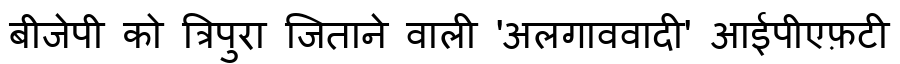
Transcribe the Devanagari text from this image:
बीजेपी को त्रिपुरा जिताने वाली 'अलगाववादी' आईपीएफ़टी